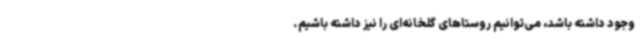
وجود داشته باشد، می‌توانیم روستاهای گلخانه‌ای را نیز داشته باشیم.